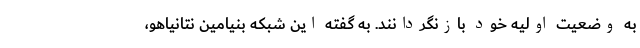
به وضعیت اولیه خود بازنگردانند. به گفته این شبکه بنیامین نتانیاهو،